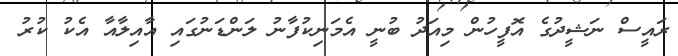
ރައީސް ނަޝީދުގެ އޮފީހުން މިއަދު ބުނީ އެމަނިކުފާނު ލަންޑަނުގައި އާއިލާއާ އެކު ކުރު